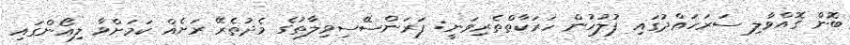
ބޮން ގޮއްވާލި ސަރަހައްދުގައި ފުލުހުން ހަރަކާތްތެރިވަނީ: ފަރަންސޭސިވިލާތުގެ މެދުތެރޭ ރަށެއް ކަމަށްވާ ލިއޯންގައި